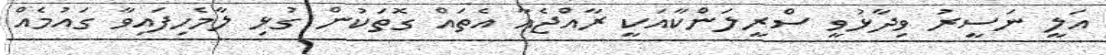
އަލީ ނަސީރު ވިދާޅުވީ ސްރީލަންކާއަކީ ރާއްޖެއާ އެތައް ގޮތަކުން ގުޅި ލާމެހިފައިވާ ގައުމެއް